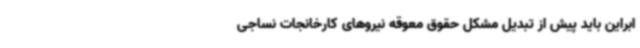
ابراین باید پیش از تبدیل مشکل حقوق معوقه نیروهای کارخانجات نساجی‌